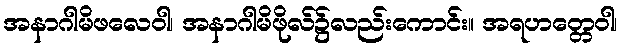
အနာဂါမိဖလေဝါ၊ အနာဂါမိဖိုလ်၌လည်းကောင်း။ အရဟတ္တေဝါ၊